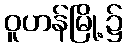
ဝူဟန်မြို့၌